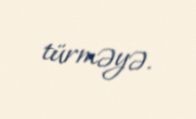
türməyə.